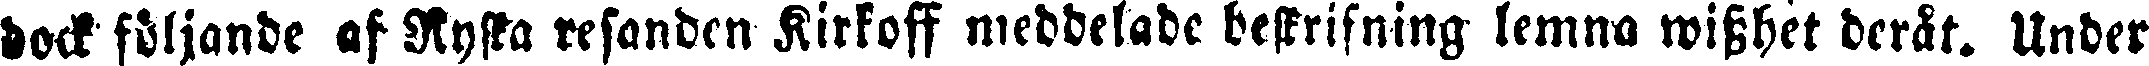
dock följande af Ryska resanden Kirkoff meddelade beskrifning lemna wisshet deråt. Under